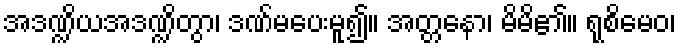
အဒဏ္ဍိယအဒဏ္ဍိတွာ၊ ဒဏ်မပေးမူ၍။ အတ္တနော၊ မိမိ၏။ ရုစိမေဝ၊